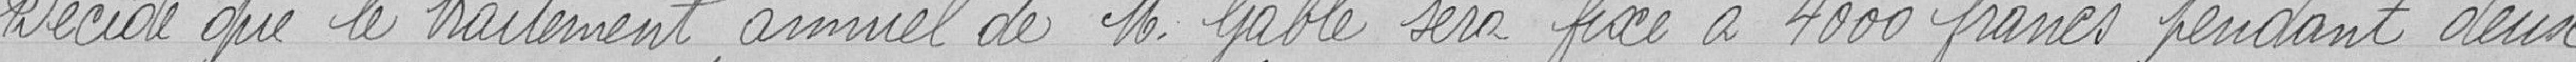
Décide que le traitement annuel de Monsieur GABLE sera fixé à 4 000 francs pendant deux